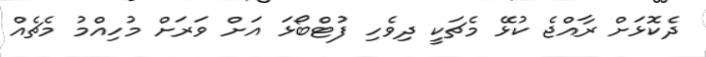
ދެކޮޅަށް ރާއްޖެ ކުޅޭ މެޗަކީ ދިވެހި ފުޓްބޯޅަ އަށް ވަރަށް މުހިއްމު މެޗެއް